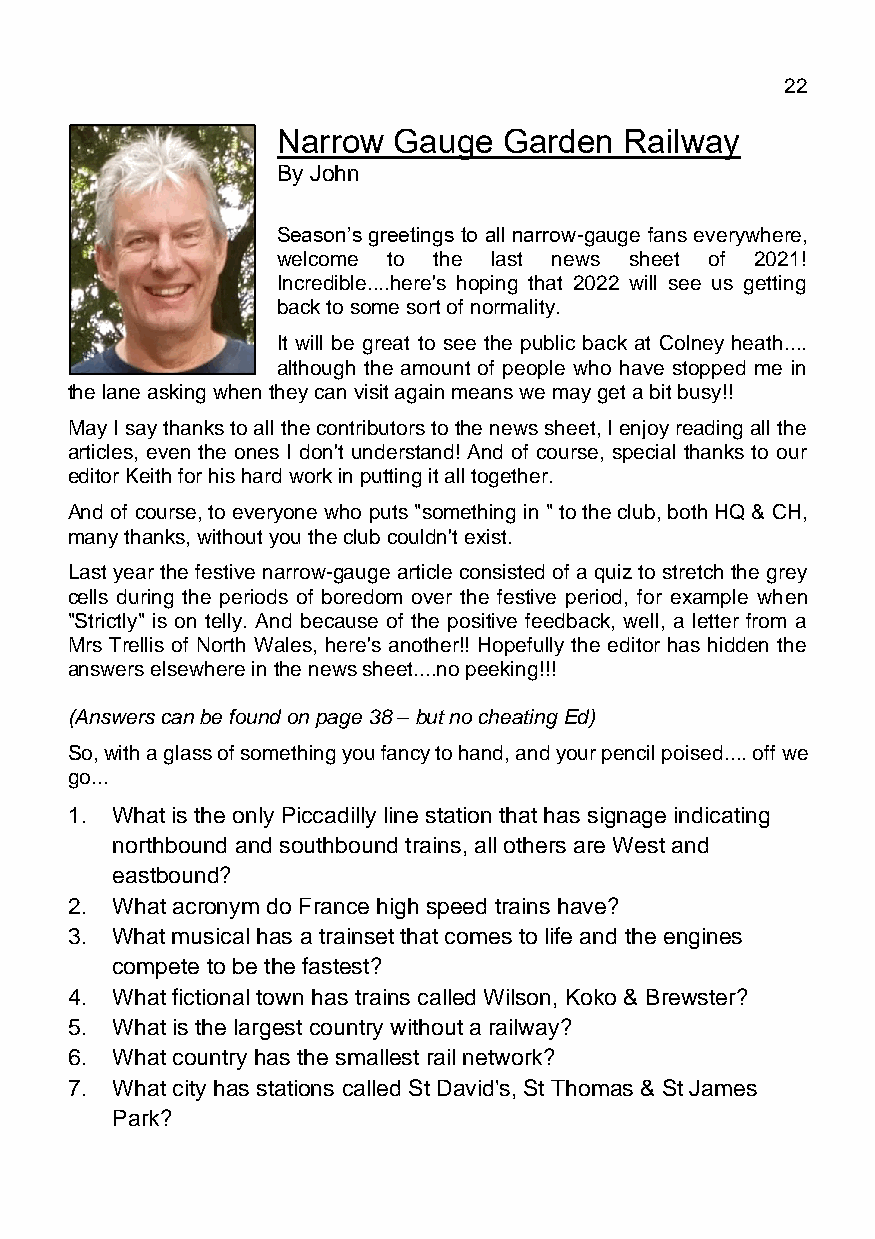
March 2021                                  Page 22
 Narrow  Gauge  Garden  Railway
 By John Davy (No e)
 Season’s greetings to all narrow-gauge fans everywhere,
 welcome to the last news sheet of 2021!
 Incredible....here's hoping that 2022 will see us getting
 back to some sort of normality.
 It will be great to see the public back at Colney heath....
 although the amount of people who have stopped me in
 the lane asking when they can visit again means we may get a bit busy!!
 May I say thanks to all the contributors to the news sheet, I enjoy reading all the
 articles, even the ones I don't understand! And of course, special thanks to our
 editor Keith for his hard work in putting it all together.
 And of course, to everyone who puts "something in " to the club, both HQ & CH,
 many thanks, without you the club couldn't exist.
 Last year the festive narrow-gauge article consisted of a quiz to stretch the grey
 cells during the periods of boredom over the festive period, for example when
 "Strictly" is on telly. And because of the positive feedback, well, a letter from a
 Mrs Trellis of North Wales, here's another!! Hopefully the editor has hidden the
 answers elsewhere in the news sheet....no peeking!!!
 (Answers can be found on page 38 – but no cheating Ed)
 So, with a glass of something you fancy to hand, and your pencil poised.... off we
 go...
 1. What is the only Piccadilly line station that has signage indicating
 northbound and southbound trains, all others are West and
 eastbound?
 2. What acronym do France high speed trains have?
 3. What musical has a trainset that comes to life and the engines
 compete to be the fastest?
 4. What fictional town has trains called Wilson, Koko & Brewster?
 5. What is the largest country without a railway?
 6. What country has the smallest rail network?
 7. What city has stations called St David's, St Thomas & St James
 Park?